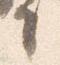
言